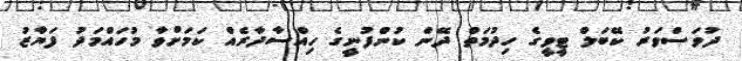
ދުވަސްވަރު ކޭބަލް ޓީވީގެ ހިދުމަތް ދޭން ކުންފުނީގެ ހިއްސާދާރެއް ކަމަށްވާ މުހައްމަދު ފަޔާޒު